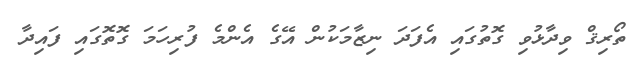
ތޯރިޤް ވިދާޅުވި ގޮތުގައި އެފަދަ ނިޒާމަކުން އޭގެ އެންމެ ފުރިހަމަ ގޮތޮގައި ފައިދާ